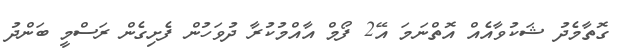
ގޮތާމެދު ޝަކުވާއެއް އޮތްނަމަ އޭ2 ފޯމް އާއްމުކުރާ ދުވަހުން ފެށިގެން ރަސްމީ ބަންދު